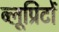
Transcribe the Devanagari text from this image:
ब्लूप्रिंटों